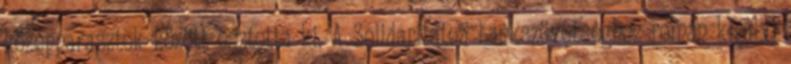
középparasztok között osztotta ki. A Solidaritatea bankszövetséghez román királyi